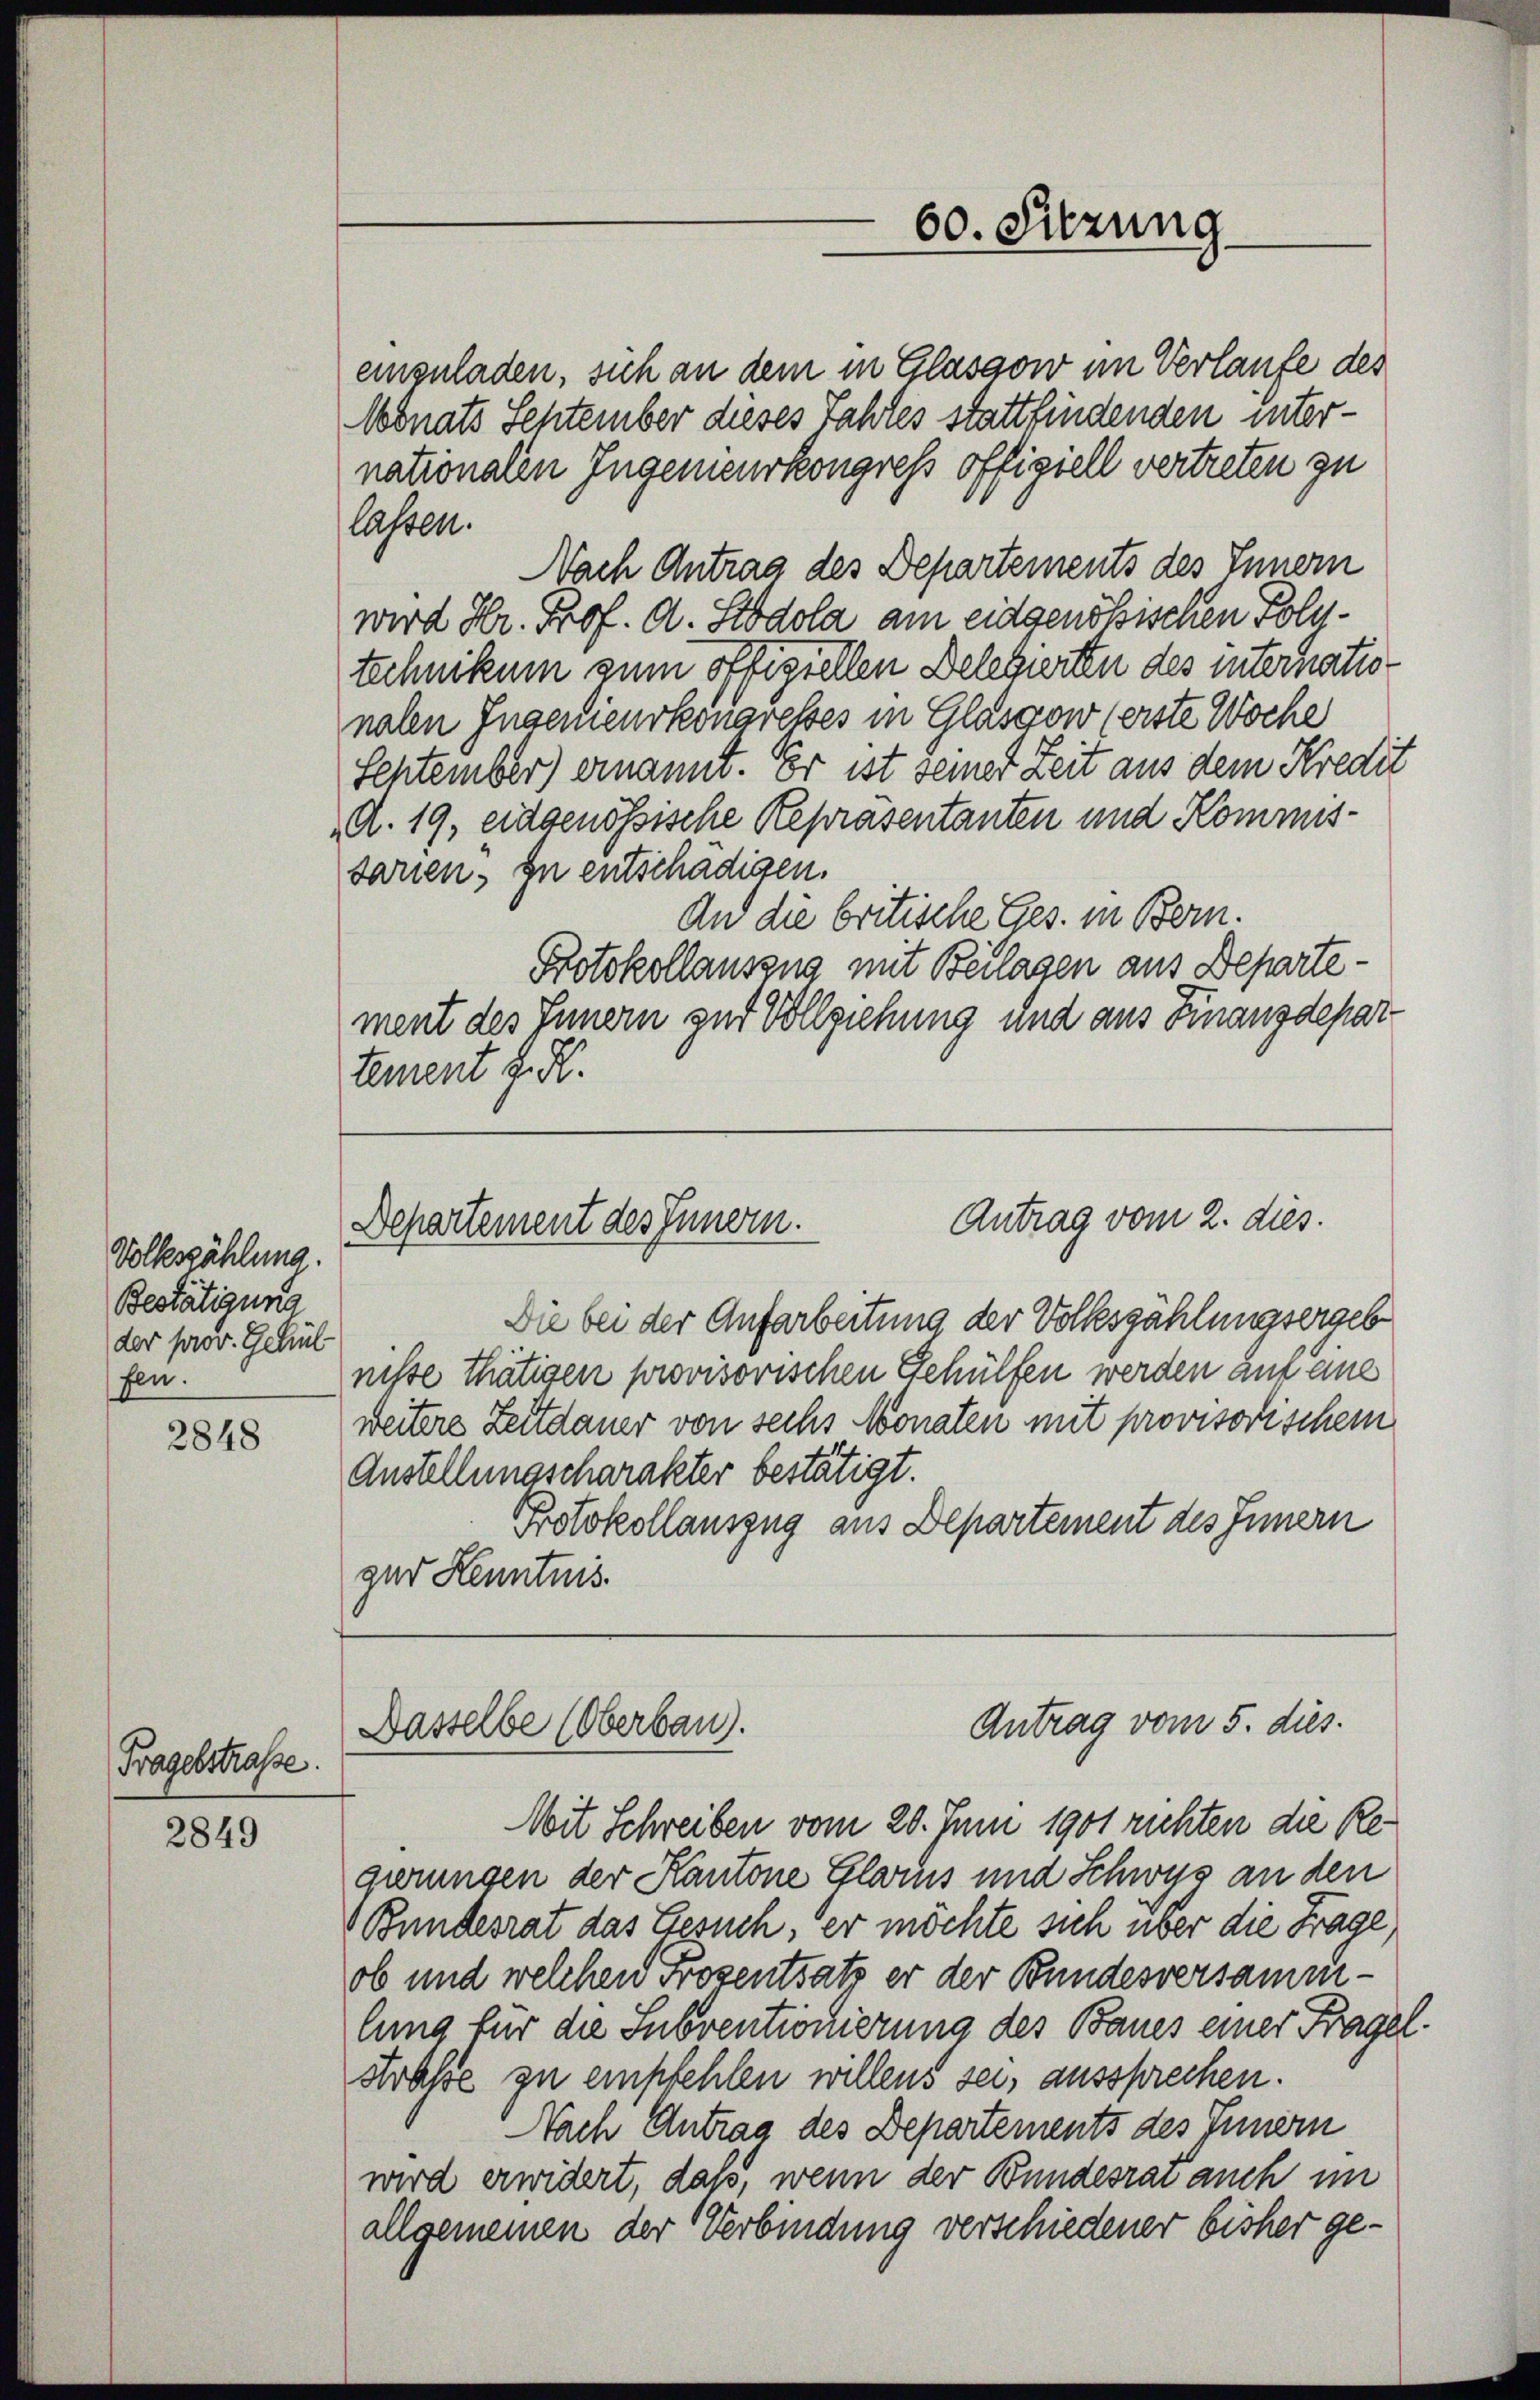
Volkszählung.
Bestätigung
der prov. Gehül
fen.

2848

Fragelstrasse.

2849

60. Sitzung

einzuladen, sich an dem in Glassow im Verlaufe des
Monats September dieses Jahres stattfindenden internationalen Ingenieurkongress offiziell vertreten zu
lassen.
Nach Antrag des Departements des Innern
wird Hr. Prof. A. Stodola am eidgenößischen Polytechnikum zum offiziellen Delegierten des internatio
nalen Ingenieurkongresses in Glasgow (erste Woche
September) ernannt. Er ist seiner Zeit aus dem Kredit
A. 19, eidgenössische Repräsentanten und Kommissarien. In entschädigen.
An die britische Ges. in Bern.
Protokollauszug mit Beilagen aus Departe
ment des Innern zur Vollziehung und aus Finanzdepar-
tement J. H.

Antrag vom 2. dies.
Departement des Innern.

Die bei der Aufarbeitung der Volkszählungsergeb
nisse thätigen provisorischen Gehülfen werden auf eine
weitere Zeitdauer von sechs Monaten mit provisorischem
Anstellungscharakter bestätigt.
Protokollauszug aus Departement des Innern
gur Kenntnis.

Antrag vom 5. dies.
Nasselbe (Oberbau).

Mit Schreiben vom 20. Juni 1901 richten die Regirungen der Kantone Glarus und Schwyz an den
Bundesrat das Gesuch, er möchte sich über die Frage,
ob und welchen Prozentsatz er der Bundesversammlung für die Subventionierung des Baues einer Fragel¬
Straße zu empfehlen willens sei, aussprechen.
Nach Antrag des Departements des Innern
wird erwidert, das, wenn der Bundesrai auch im
allgemeinen der Verbindung verschiedener bisher ge¬